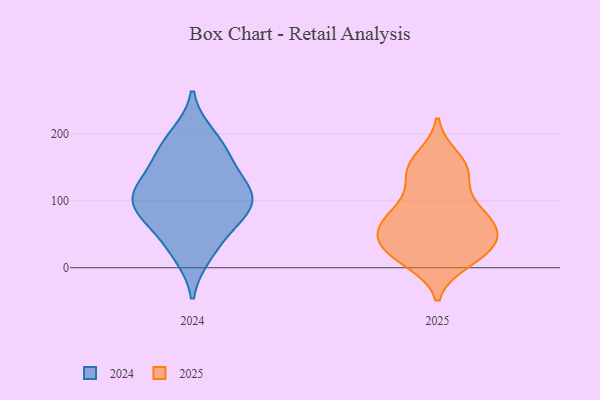
{"axis": {"x": "Conversion Rate (%)", "y": "Value"}, "legend": ["2024", "2025"], "data": [{"x": "", "y": 47, "type": "2024"}, {"x": "", "y": 160, "type": "2024"}, {"x": "", "y": 20, "type": "2024"}, {"x": "", "y": 110, "type": "2024"}, {"x": "", "y": 197, "type": "2024"}, {"x": "", "y": 92, "type": "2024"}, {"x": "", "y": 83, "type": "2024"}, {"x": "", "y": 116, "type": "2024"}, {"x": "", "y": 126, "type": "2024"}, {"x": "", "y": 175, "type": "2024"}, {"x": "", "y": 85, "type": "2024"}, {"x": "", "y": 164, "type": "2025"}, {"x": "", "y": 148, "type": "2025"}, {"x": "", "y": 77, "type": "2025"}, {"x": "", "y": 56, "type": "2025"}, {"x": "", "y": 18, "type": "2025"}, {"x": "", "y": 30, "type": "2025"}, {"x": "", "y": 16, "type": "2025"}, {"x": "", "y": 10, "type": "2025"}, {"x": "", "y": 57, "type": "2025"}, {"x": "", "y": 141, "type": "2025"}, {"x": "", "y": 130, "type": "2025"}, {"x": "", "y": 81, "type": "2025"}, {"x": "", "y": 33, "type": "2025"}, {"x": "", "y": 49, "type": "2025"}, {"x": "", "y": 32, "type": "2025"}, {"x": "", "y": 152, "type": "2025"}, {"x": "", "y": 86, "type": "2025"}, {"x": "", "y": 87, "type": "2025"}, {"x": "", "y": 59, "type": "2025"}]}